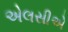
એલસીએ